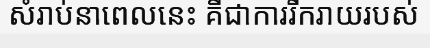
សំរាប់នាពេលនេះ គឺជាការរីករាយរបស់